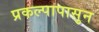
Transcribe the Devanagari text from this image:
प्रकल्पापासुन